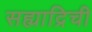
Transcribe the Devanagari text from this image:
सह्याद्रिची